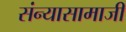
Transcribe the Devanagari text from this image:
संन्यासामाजीं